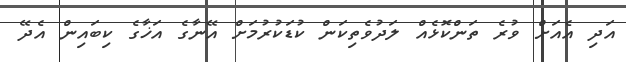
އަދި އެއަށް ވުރެ ތަންކޮޅެއް ލަދުވެތިކަން ކުޑަކުރުމަށް އޭނާގެ އަޚާގެ ކިބައިން އެދޭ